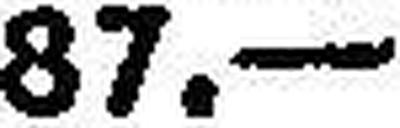
87.—